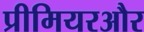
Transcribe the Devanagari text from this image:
प्रीमियरऔर